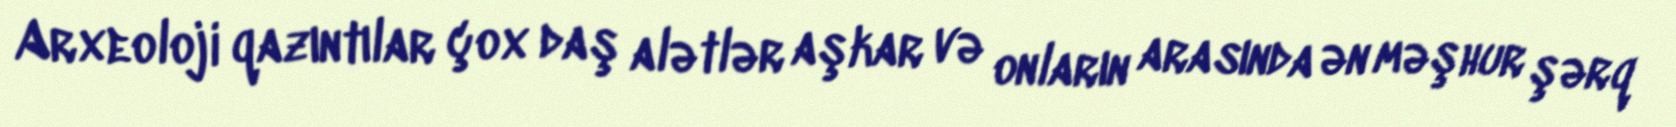
Arxeoloji qazıntılar çox daş alətlər aşkar və onların arasında ən məşhur şərq